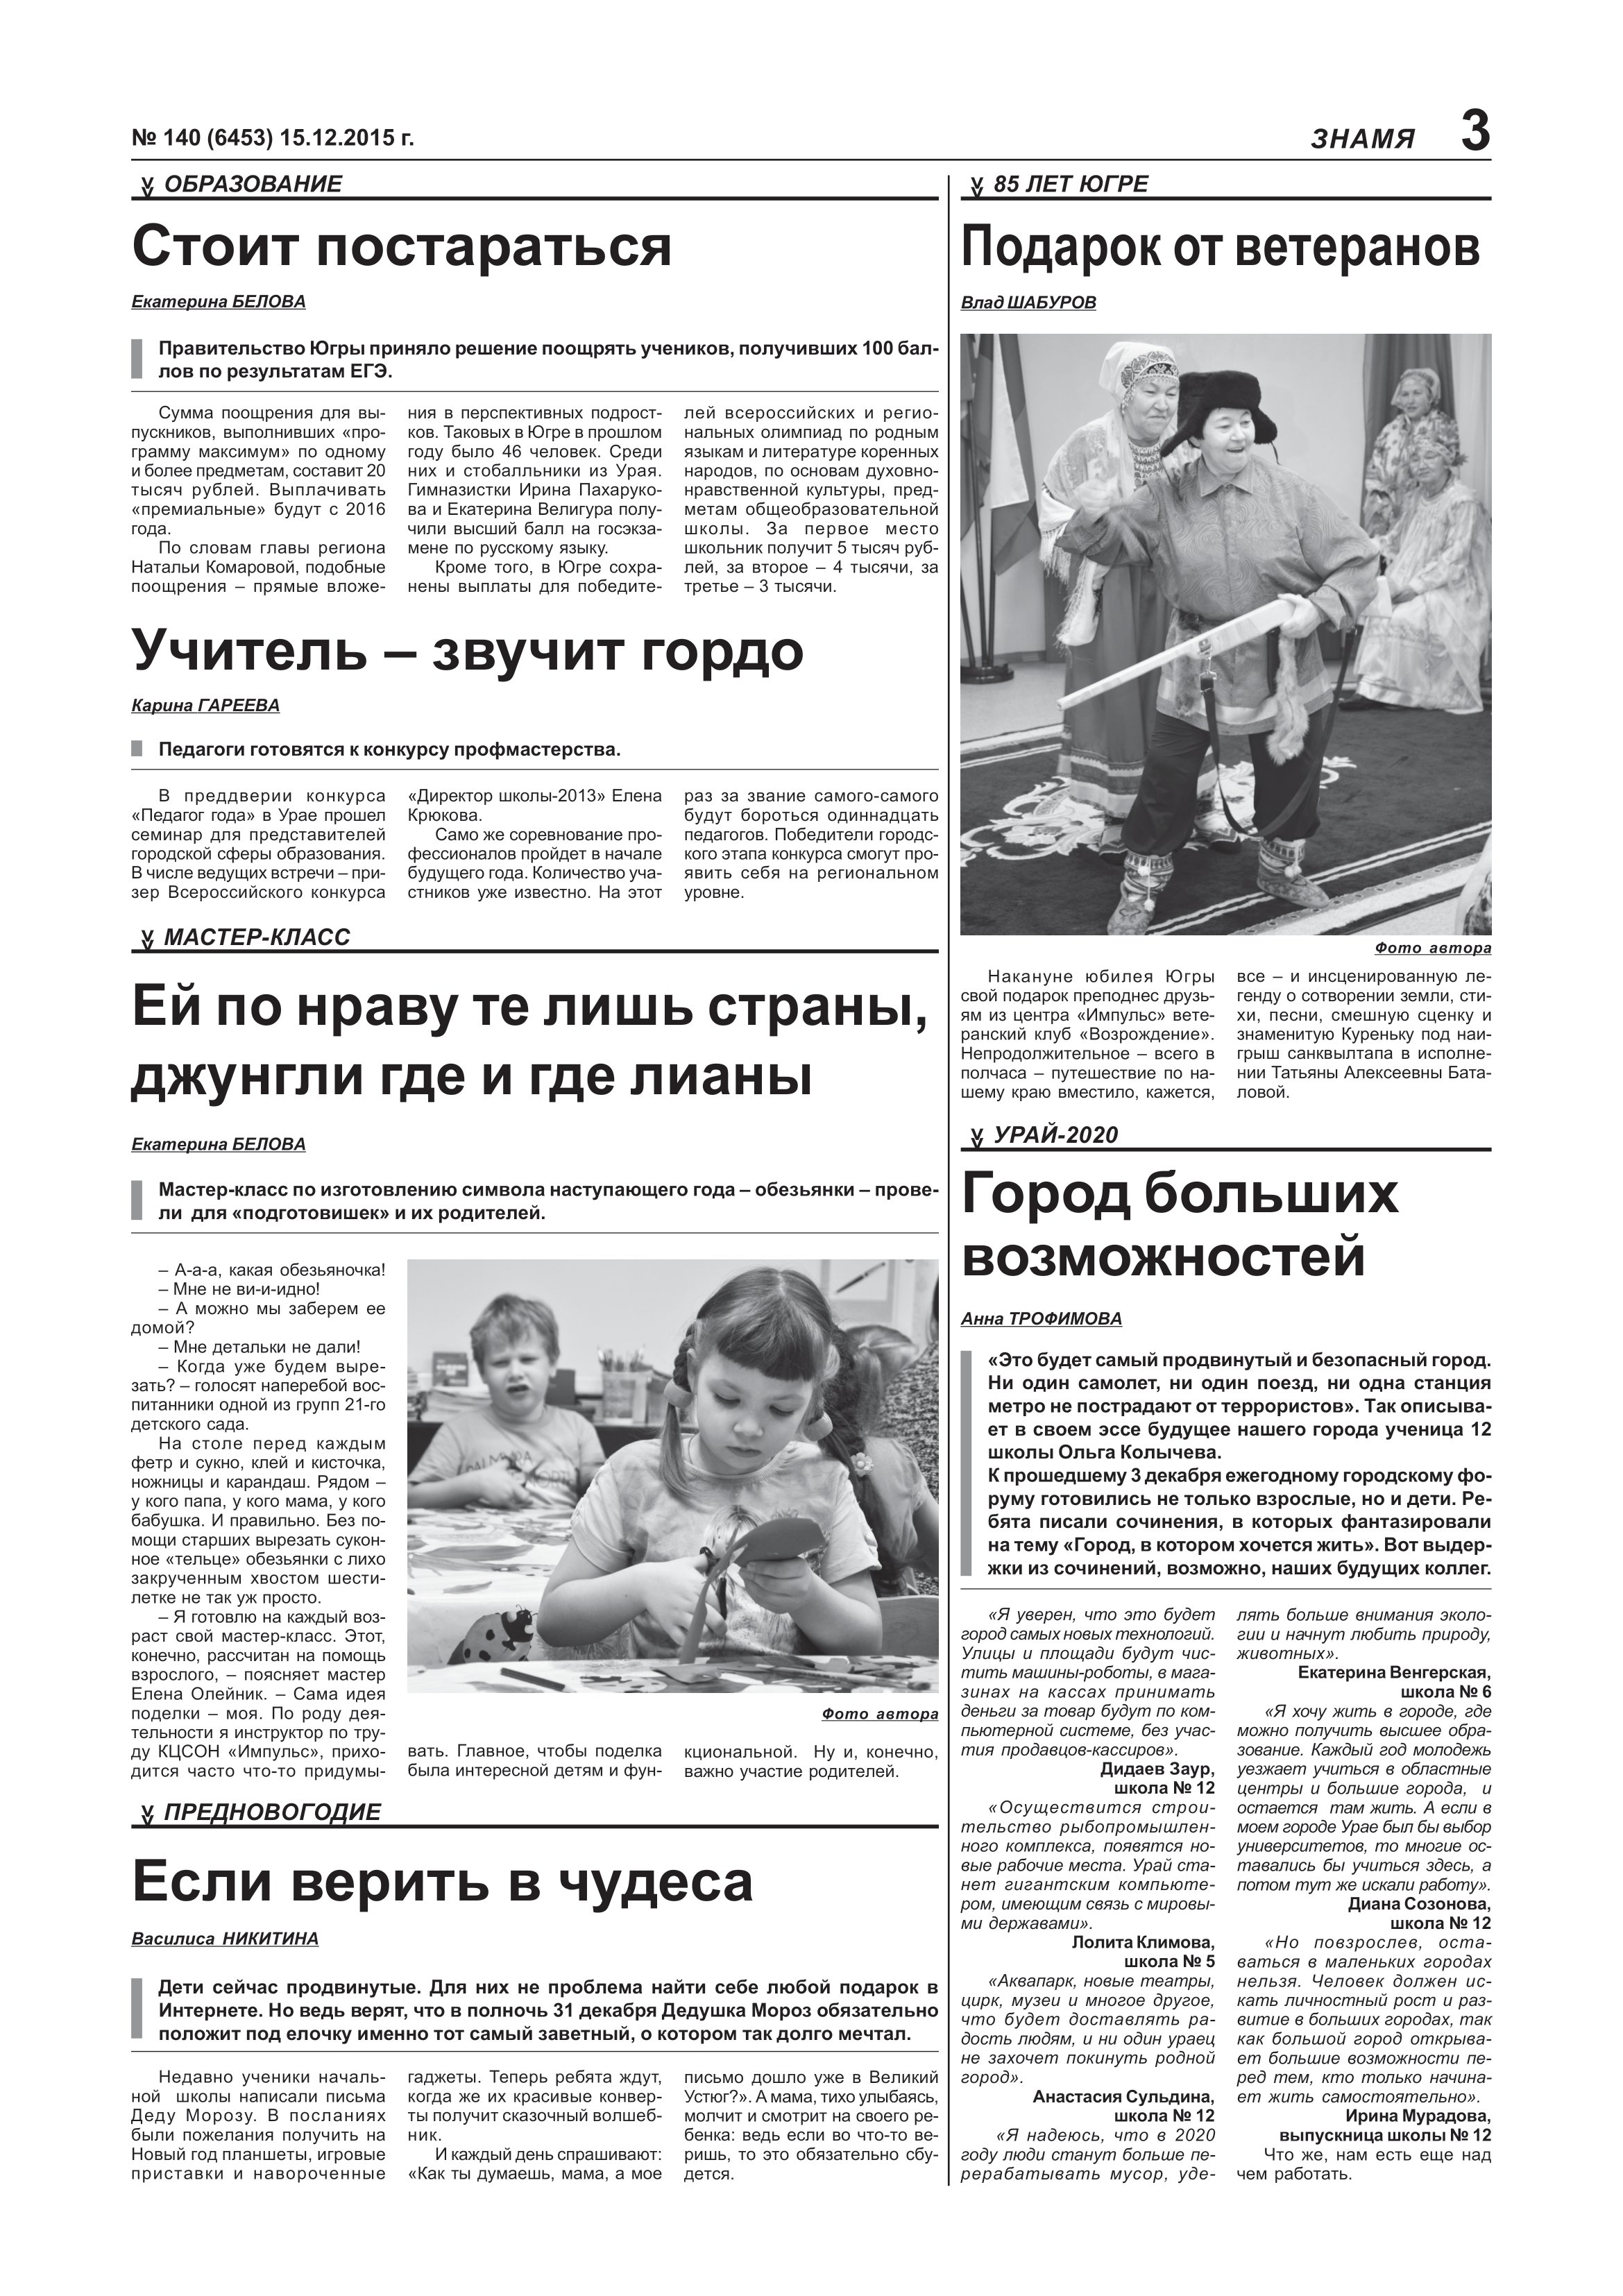
Language: ru